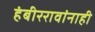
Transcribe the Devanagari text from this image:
हंबीररावांनाही